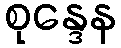
စုန္ဒေန